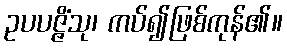
ဥပပဇ္ဇိံသု၊ ကပ်၍ဖြစ်ကုန်၏။